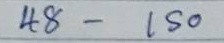
48  - 150